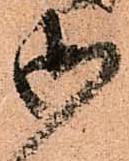
御